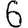
Digit: 6